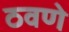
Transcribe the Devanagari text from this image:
ठवणे